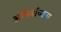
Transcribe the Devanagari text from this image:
अनिर्वाच्यता